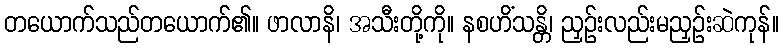
တယောက်သည်တယောက်၏။ ဖာလာနိ၊ အသီးတို့ကို။ နစဟိံသန္တိ၊ ညှဉ်းလည်းမညှဉ်းဆဲကုန်။